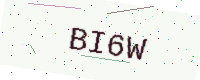
Text: BI6W